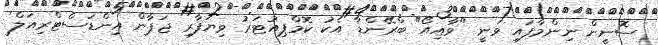
ސޮނީން ނިންމާފައި ވަނީ "ވާއިއޯ" ބްރޭންޑާ އެކު ކޮމްޕިއުޓަރު ވިޔަފާރި ޖަޕާން އިންޑަސްޓްރިއަލް